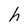
Character: h